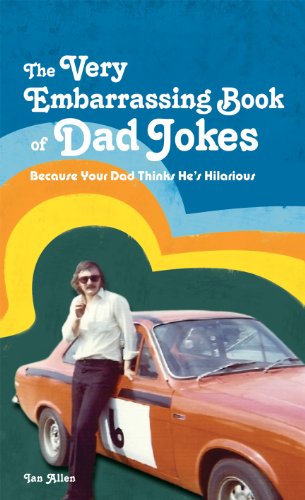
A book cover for The Very Embarrassing Book of Dad Jokes: Because Your Dad Thinks He's Hilarious; Ian Allen; Humor & Entertainment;